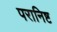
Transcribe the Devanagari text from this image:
परानिष्ट